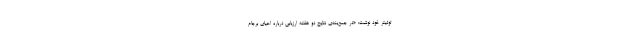
توئیتر خود نوشت: «در جمع‌بندی نتایج دو هفته ارزیابی درباره احیای برجام